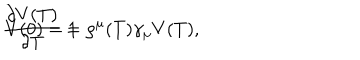
LaTeX: \frac { \partial V ( T ) } { \partial T } = \rho ^ { \mu } ( T ) \gamma _ { \mu } V ( T ) , \hspace { 0 . 5 c m } V ( 0 ) = 1